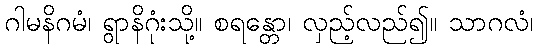
ဂါမနိဂမံ၊ ရွာနိဂုံးသို့။ စရန္တော၊ လှည့်လည်၍။ သာဂလံ၊